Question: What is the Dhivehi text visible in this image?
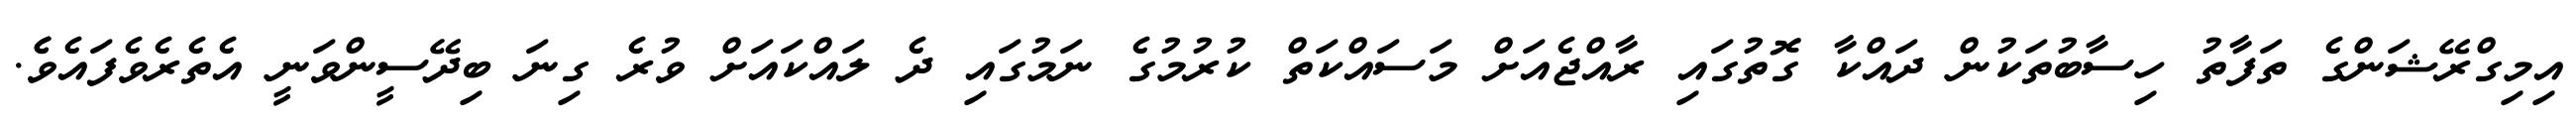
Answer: އިމިގްރޭޝަންގެ ތަފާތު ހިސާބުތަކުން ދައްކާ ގޮތުގައި ރާއްޖެއަށް މަސައްކަތް ކުރުމުގެ ނަމުގައި ދެ ލައްކައަށް ވުރެ ގިނަ ބިދޭސީންވަނީ އެތެރެވެފައެވެެ.